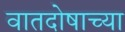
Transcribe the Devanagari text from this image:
वातदोषाच्या